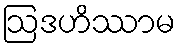
ဩဒဟိဿာမ